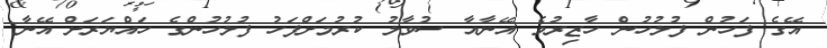
އޭގެ ފަހުން ފުލުހުން ހާޒިރުވެ އޭނާއާ ސުވާލު ކުރުމަށްފަހު ފުލުހުންގެ ހައްޔަރަށް އޭނާ